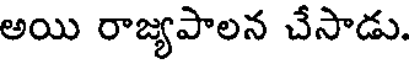
అయి రాజ్యపాలన చేసాడు.